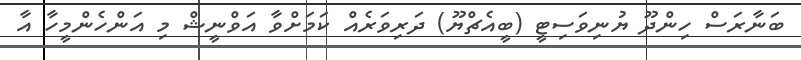
ބަނާރަސް ހިންދޫ ޔުނިވަސިޓީ (ބީއެޗްޔޫ) ދަރިވަރެއް ކަމަށްވާ އަވްނީޝް މި އަންހެންމީހާ އާ